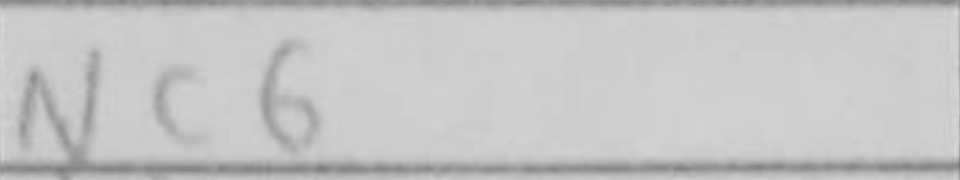
Transcription: Nc6